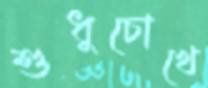
শুধুচোখে